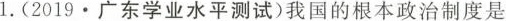
1.(2019·广东学业水平测试)我国的根本政治制度是